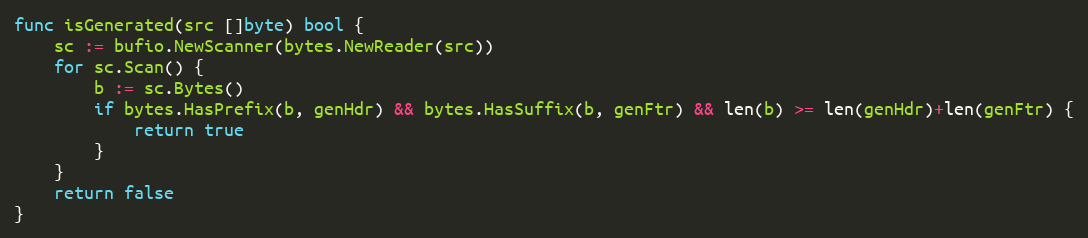
Language: Go
func isGenerated(src []byte) bool {
	sc := bufio.NewScanner(bytes.NewReader(src))
	for sc.Scan() {
		b := sc.Bytes()
		if bytes.HasPrefix(b, genHdr) && bytes.HasSuffix(b, genFtr) && len(b) >= len(genHdr)+len(genFtr) {
			return true
		}
	}
	return false
}